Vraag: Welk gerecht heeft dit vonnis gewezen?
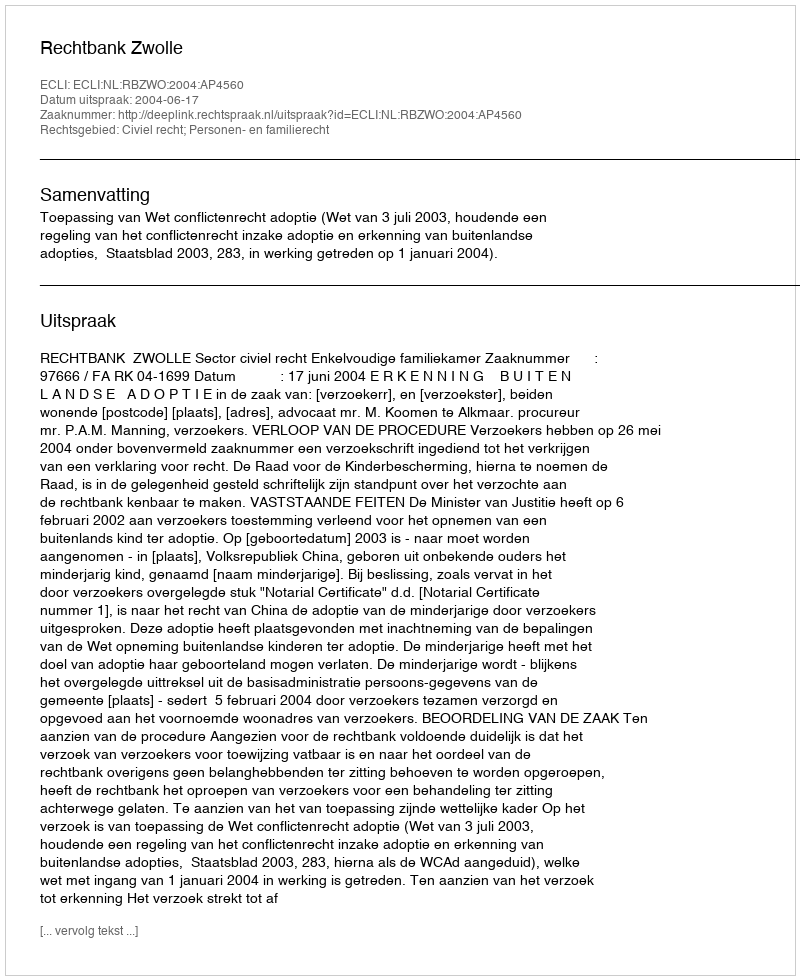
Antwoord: Rechtbank Zwolle